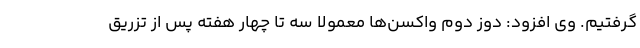
گرفتیم. وی افزود: دوز دوم واکسن‌ها معمولا سه تا چهار هفته پس از تزریق